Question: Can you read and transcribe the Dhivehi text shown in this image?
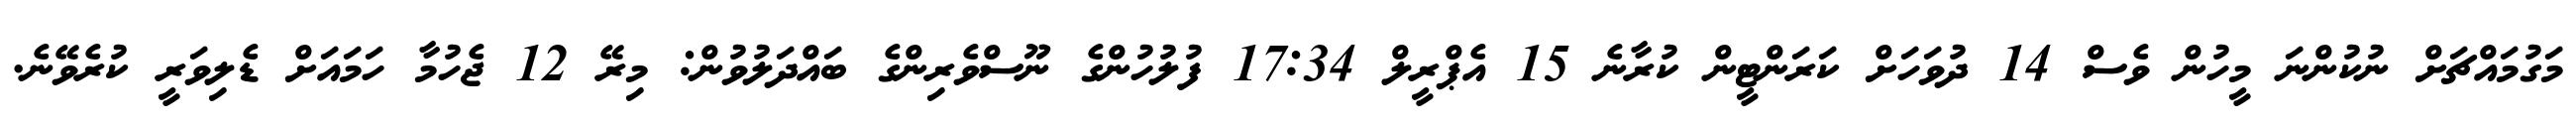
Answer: މަގުމައްޗަށް ނުކުންނަ މީހުން ވެސް 14 ދުވަހަށް ކަރަންޓީން ކުރާނެ 15 އެޕްރީލް 17:34 ފުލުހުންގެ ނޫސްވެރިންގެ ބައްދަލުވުން: މިރޭ 12 ޖެހުމާ ހަމައަށް ޑެލިވަރީ ކުރެވޭނެ.